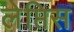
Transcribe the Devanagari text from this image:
लेप्तिस